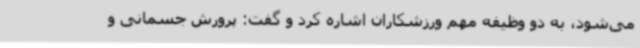
می‌شود، به دو وظیفه مهم ورزشکاران اشاره کرد و گفت: پرورش جسمانی و